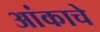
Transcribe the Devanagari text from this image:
आंकाचे